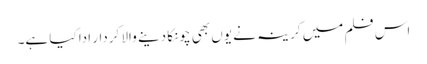
اس فلم میں کرینہ نے یوں بھی چونکا دینے والا کردار ادا کیا ہے۔